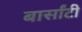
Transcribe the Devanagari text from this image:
बार्सांटी